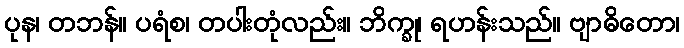
ပုန၊ တဘန်။ ပရံစ၊ တပါးတုံလည်း။ ဘိက္ခု၊ ရဟန်းသည်။ ဗျာဓိတော၊